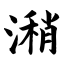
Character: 潲